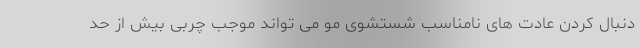
دنبال کردن عادت های نامناسب شستشوی مو می تواند موجب چربی بیش از حد